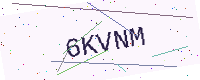
Text: 6KVNM